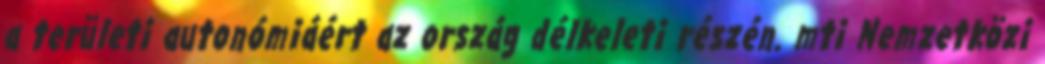
a területi autonómiáért az ország délkeleti részén. mti Nemzetközi